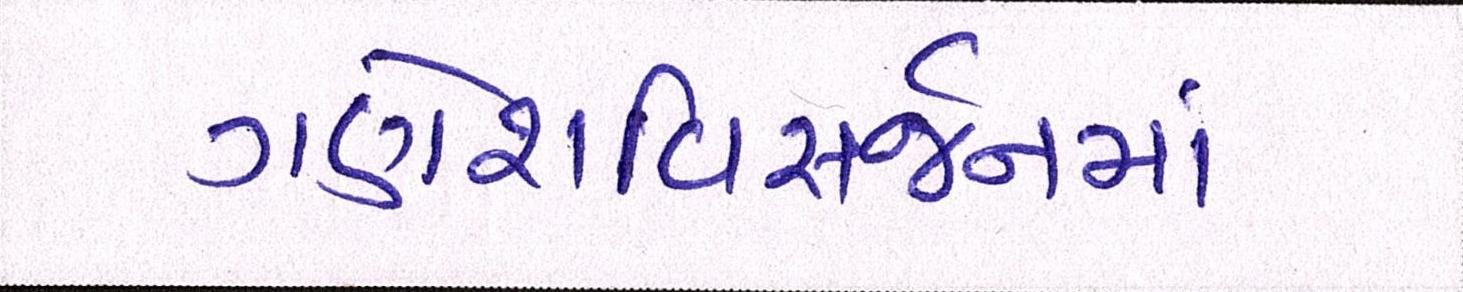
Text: ગણેશવિસર્જનમાં